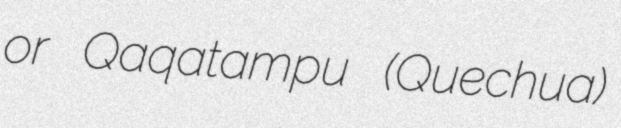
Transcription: or Qaqatampu (Quechua)